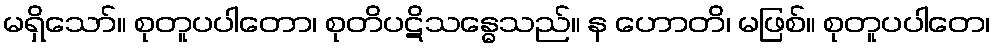
မရှိသော်။ စုတူပပါတော၊ စုတိပဋိသန္ဓေသည်။ န ဟောတိ၊ မဖြစ်။ စုတူပပါတေ၊